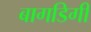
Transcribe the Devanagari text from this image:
बागडिगी